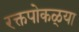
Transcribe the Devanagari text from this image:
रक्तपोकळ्या